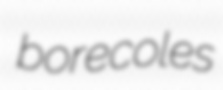
borecoles